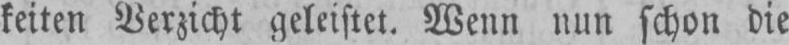
keiten Verzicht geleistet. Wenn nun schon die